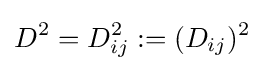
D^{2}=D_{ij}^{2}:=(D_{ij})^{2}